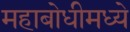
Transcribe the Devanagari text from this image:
महाबोधीमध्ये